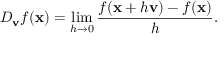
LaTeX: D _ { \mathbf { v } } { f } ( \mathbf { x } ) = \operatorname* { l i m } _ { h \rightarrow 0 } { \frac { f ( \mathbf { x } + h \mathbf { v } ) - f ( \mathbf { x } ) } { h } } .